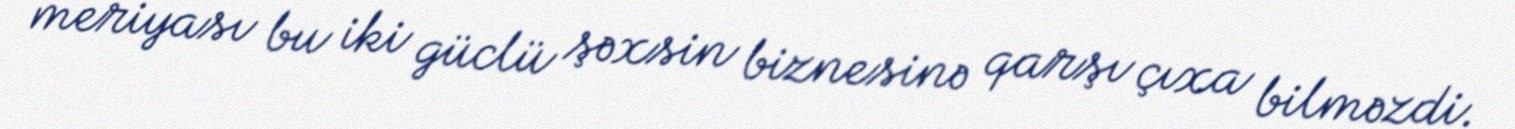
meriyası bu iki güclü şəxsin biznesinə qarşı çıxa bilməzdi.